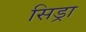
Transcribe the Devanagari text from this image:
सिड्रा